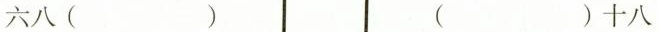
六八( ) ( )十八